NAE_ERA_R-1_Eesti_Vabariigi_Ministrite_Noukogu, lk 2
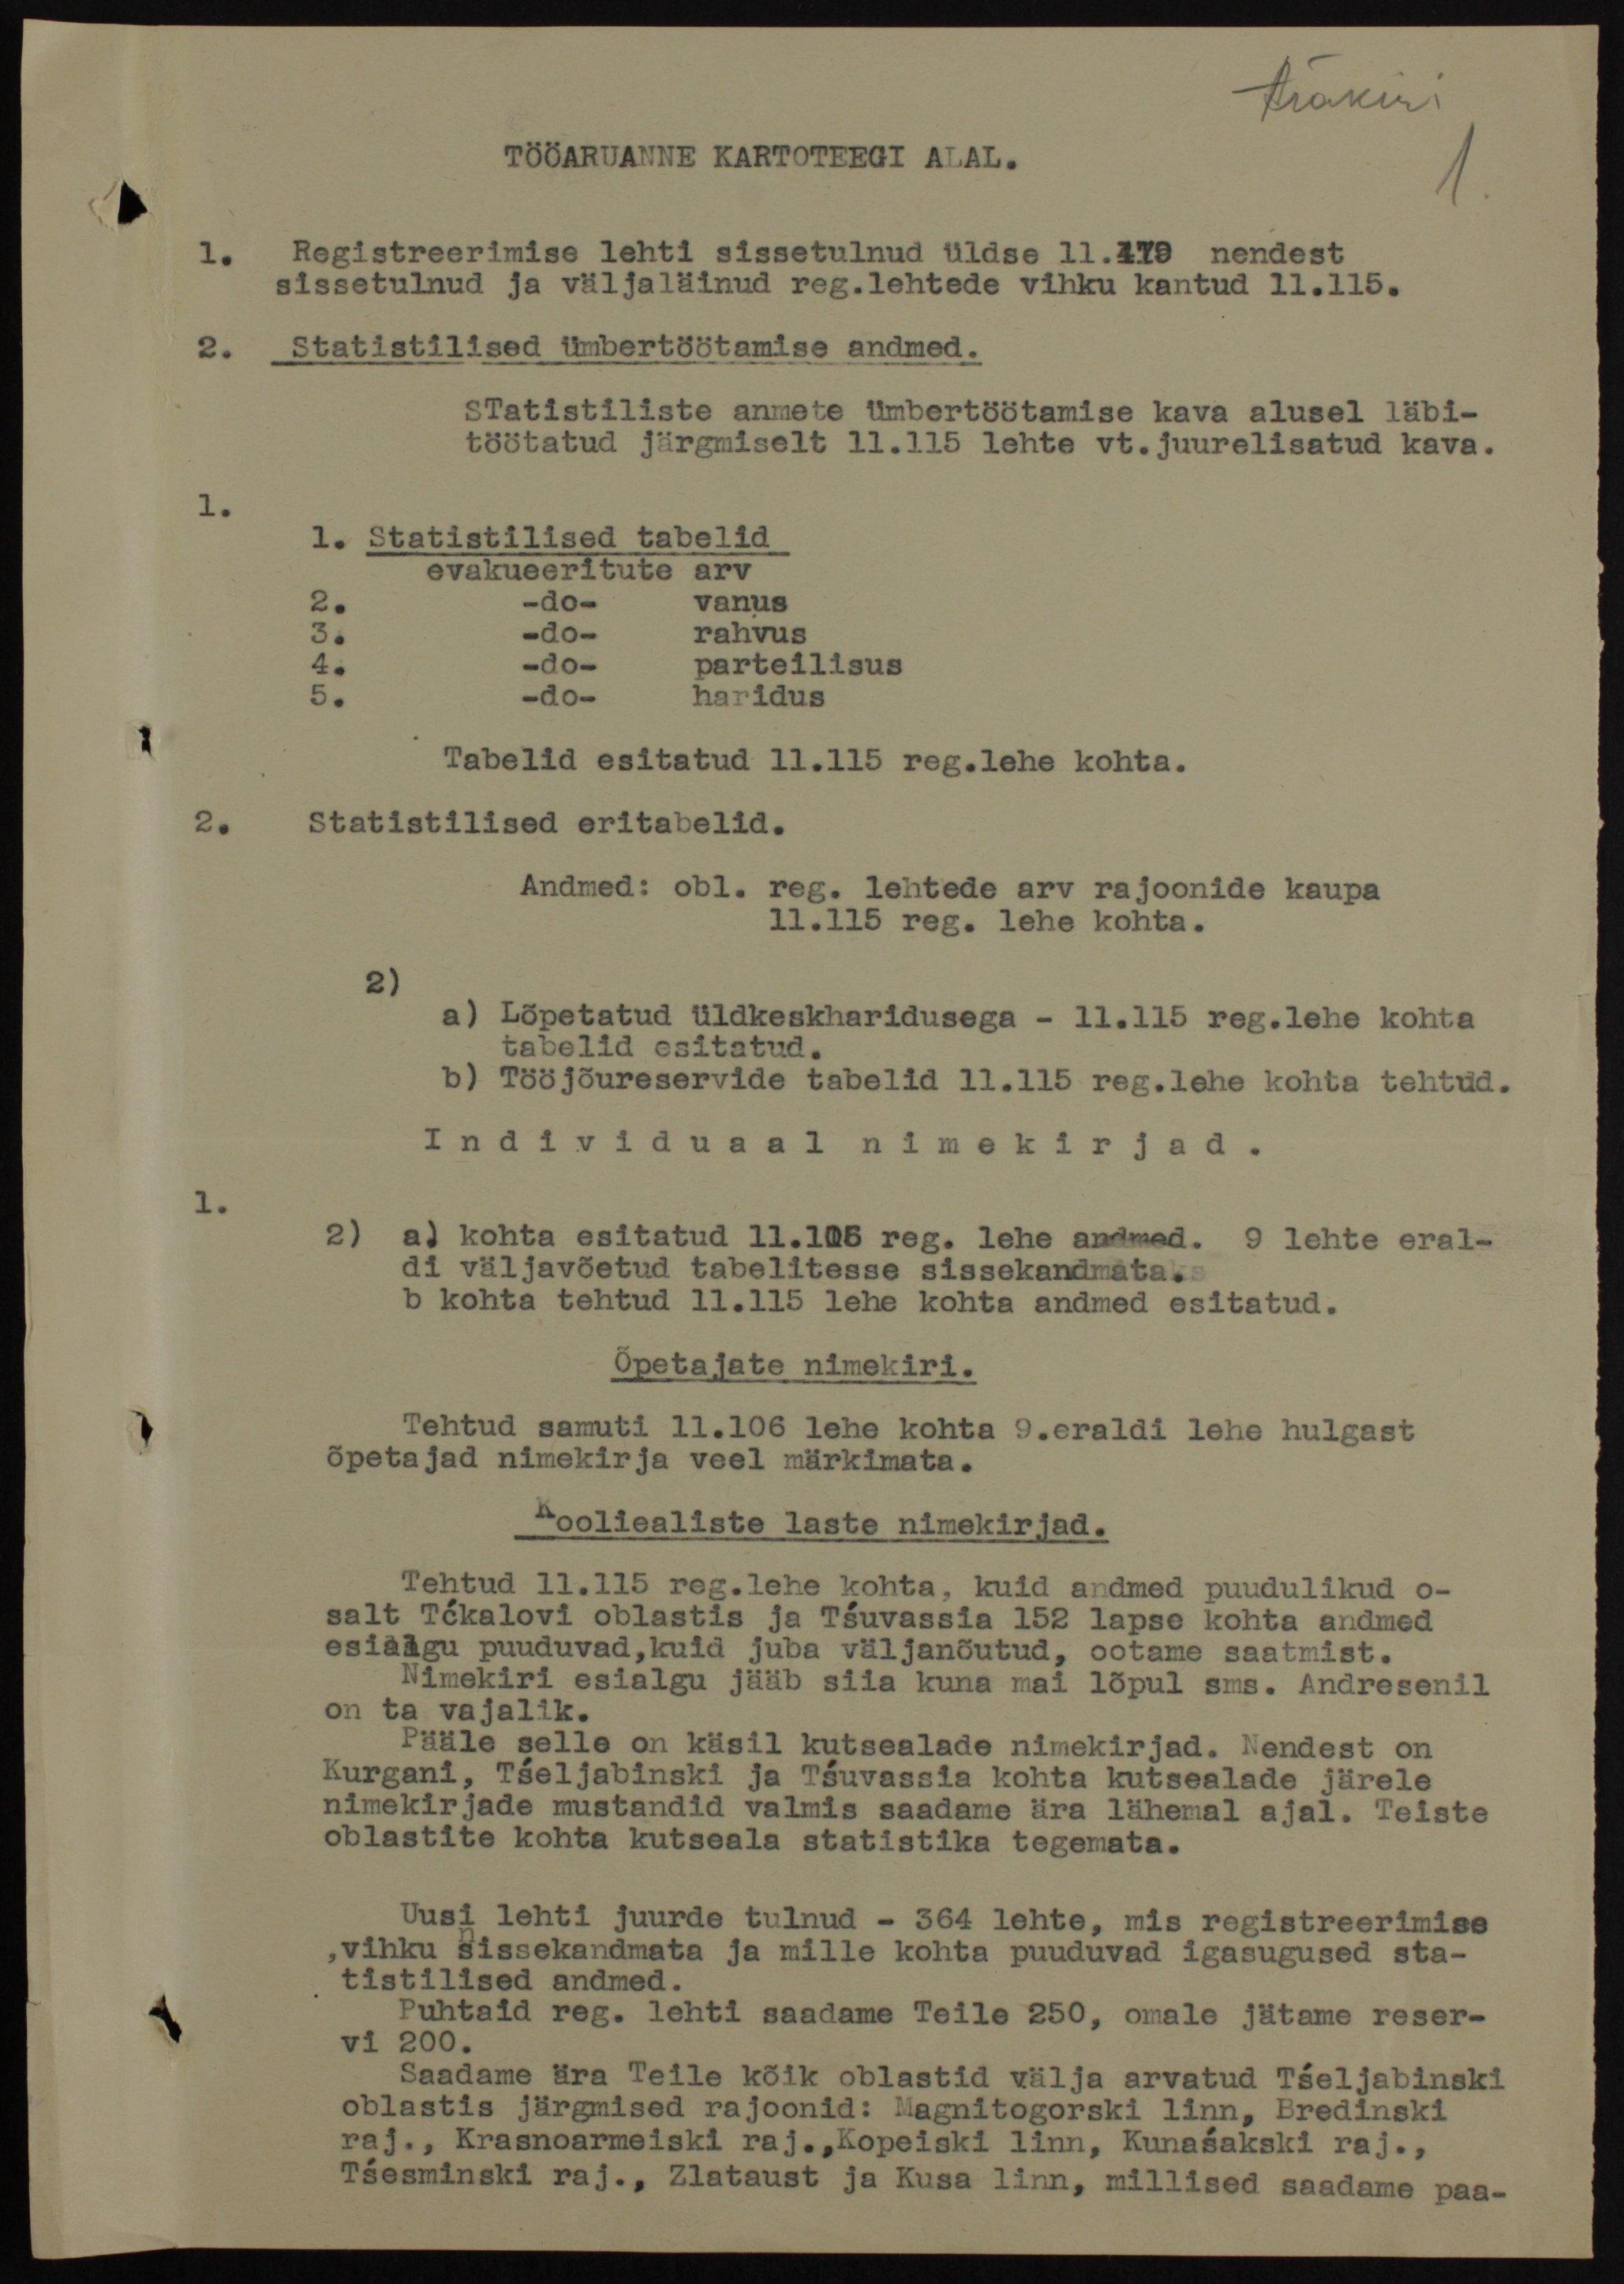
Ärakiri
TÖÖARUANNE KARTOTEEGI ALAL.
1. Registreerimise lehti sissetulnud üldse 11.479 nendest
sissetulnud ja väljaläinud reg.lehtede vihku kantud 11.115.
2. Statistilised ümbertöötamise andmed.
STatistiliste anmete ümbertöötamise kava alusel läbi-
töötatud järgmiselt 11.115 lehte vt. juurelisatud kava.
1. Statistilised tabelid
evakueeritute arv
-do- vanus
-do- rahvus
-do- parteilisus
-do- haridus
Tabelid esitatud 11.115 reg.lehe kohta.
Statistilised eritabelid.
Andmed obl. reg. lehtede arv rajoonide kaupa
11.115 reg. lehe kohta.
a) Lõpetatud üldkeskharidusega - 11.115 reg.lehe kohta
tabelid esitatud.
b) Tööjõureservide tabelid 11.115 reg.lehe kohta tehtud.
Individuaal nimekirjad.
2) a) kohta esitatud 11.106 reg. lehe andmed. l9 ehte eral-
di väljavõetud tabelitesse sissekandmata.
b kohta tehtud 11.115 lehe kohta andmed esitatud.
Õpetajate nimekiri.
Tehtud samuti 11.106 lehe kohta 9.eraldi lehe hulgast
õpetajad nimekirja veel märkimata.
Kooliealiste laste nimekirjad.
Tehtud 11.115 reg.lehe kohta, kuid andmed puudulikud o-
salt Tčkalovi oblastis ja Tšuvassia 152 lapse kohta andmed
esialgu puuduvad, kuid juba väljanõutud, ootame saatmist.
Nimekiri esialgu jääb siia kuna mai lõpul sms. Andresenil
on ta vajalik.
Pääle selle on käsil kutsealade nimekirjad. Nendest on
Kurgani, Tšeljabinski ja Tšuvassia kohta kutsealade järele
nimekirjade mustandid valmis saadame ära lähemal ajal. Teiste
oblastite kohta kutseala statistika tegemata.
Uusi lehti juurde tulnud - 364 lehte, mis registreerimise
, vihku sissekandmata ja mille kohta puuduvad igasugused sta-
tistilised andmed.
Puhtaid reg. lehti saadame Teile 250, omale jätame reser-
vi 200.
Saadame ära Teile kõik oblastid välja arvatud Tšeljabinski
oblastis järgmised rajoonid: Magnitogorski linn, Bredinski
raj., Krasnoarmeiski raj., Kopeiski linn, Kunašakski raj.,
Tšesminski raj., Zlataust ja Kusa linn, millised saadame paa-